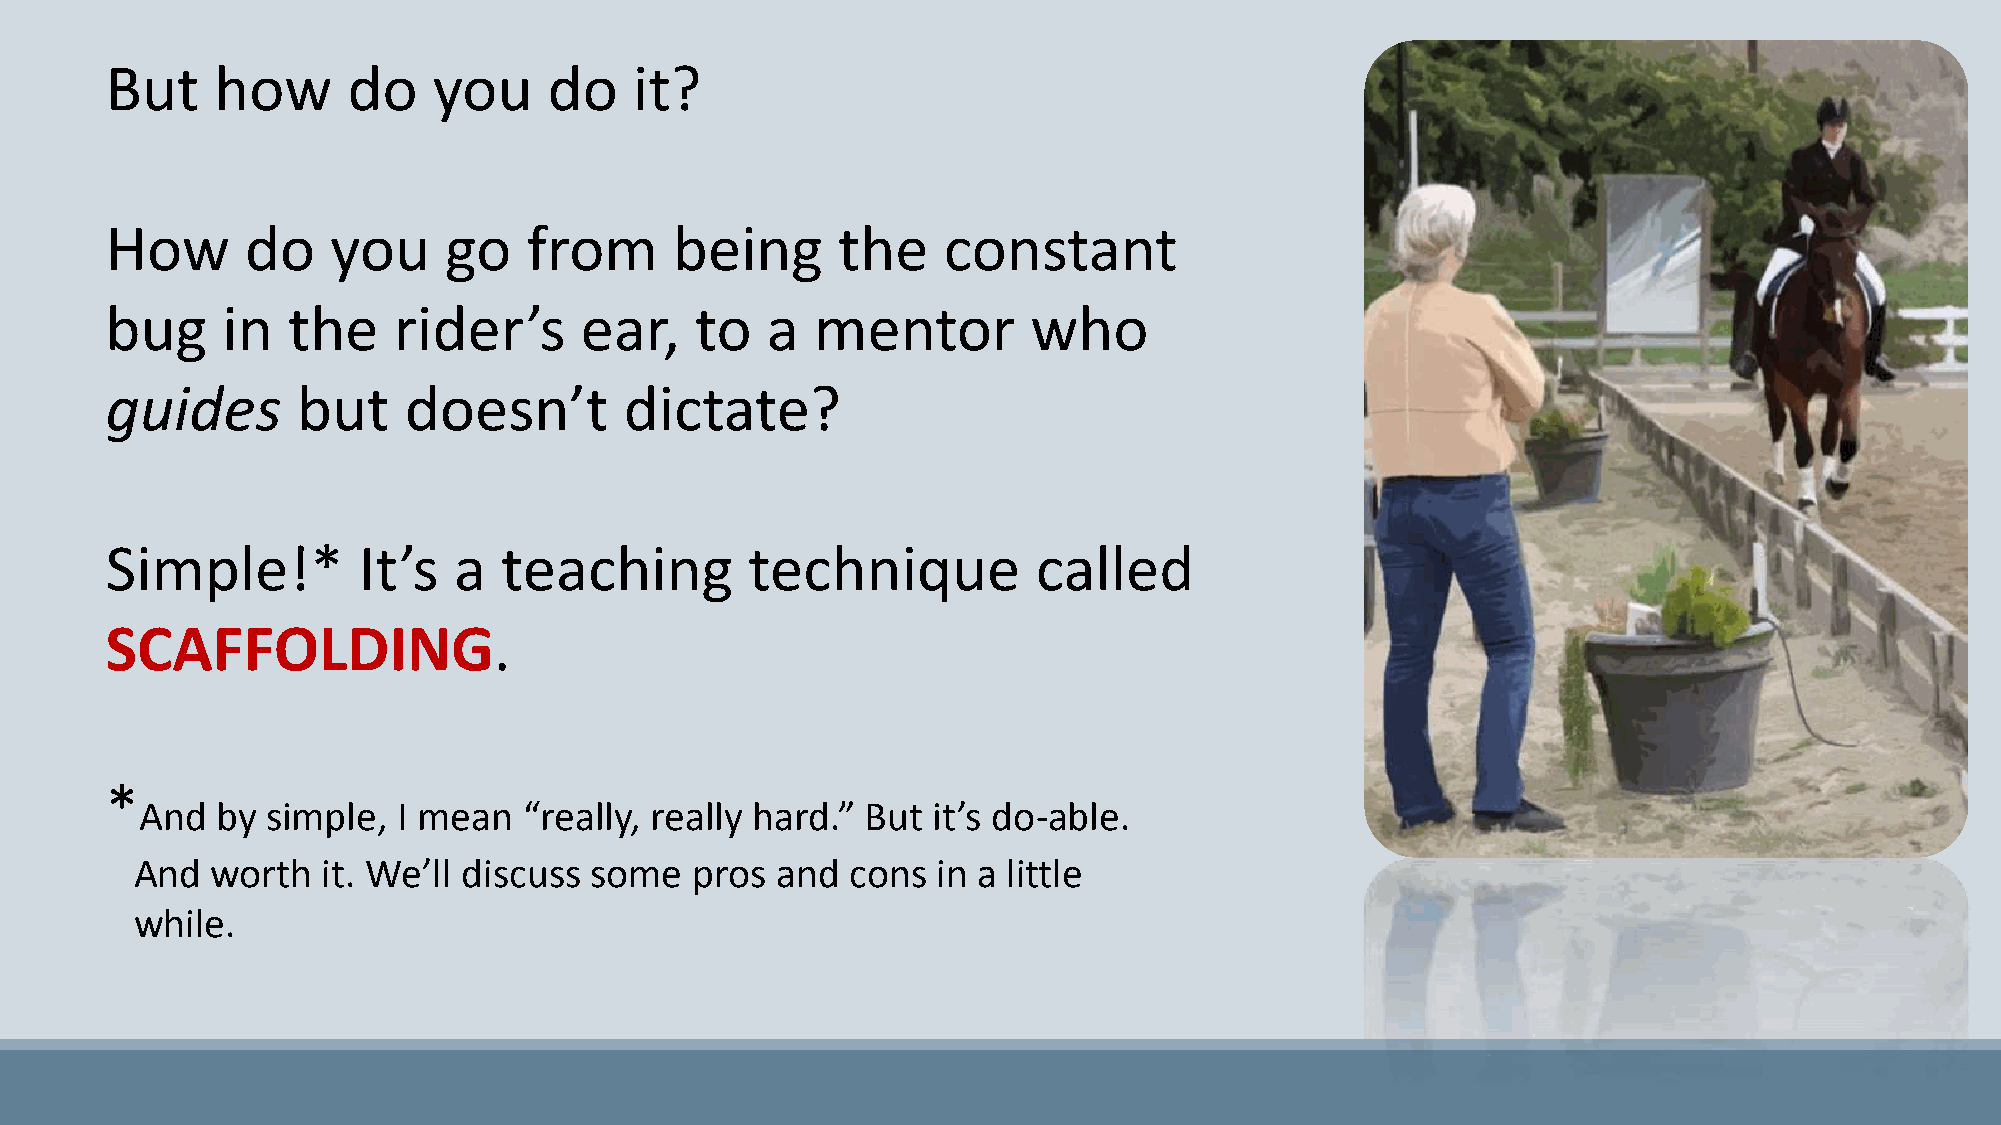
But    how      do    you    do    it?
 How      do    you    go    from      being     the    constant
 bug     in  the    rider’s     ear,    to   a  mentor        who
 guides       but    doesn’t       dictate?
 Simple!*         It’s  a  teaching         technique          called
 SCAFFOLDING.
 *
 And  by  simple, I mean   “really, really hard.” But it’s do-able.
 And  worth  it. We’ll discuss some   pros and  cons  in a little
 while.